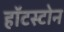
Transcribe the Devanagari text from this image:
हॉटस्टोन